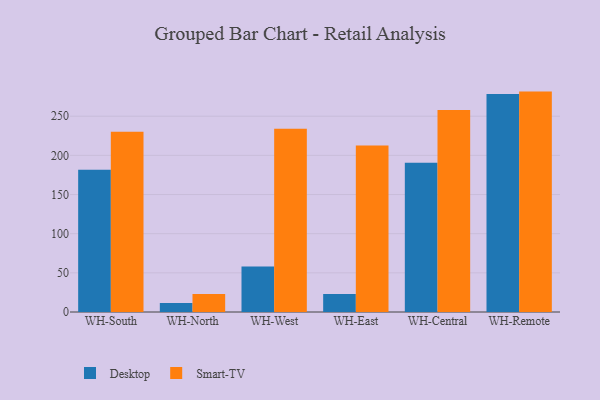
{"axis": {"x": "Warehouse", "y": "Production Output"}, "legend": ["Desktop", "Smart-TV"], "data": [{"x": "WH-South", "y": 181.6, "type": "Desktop"}, {"x": "WH-South", "y": 230.1, "type": "Smart-TV"}, {"x": "WH-North", "y": 11.5, "type": "Desktop"}, {"x": "WH-North", "y": 23.0, "type": "Smart-TV"}, {"x": "WH-West", "y": 58.2, "type": "Desktop"}, {"x": "WH-West", "y": 233.9, "type": "Smart-TV"}, {"x": "WH-East", "y": 22.9, "type": "Desktop"}, {"x": "WH-East", "y": 212.6, "type": "Smart-TV"}, {"x": "WH-Central", "y": 190.4, "type": "Desktop"}, {"x": "WH-Central", "y": 257.8, "type": "Smart-TV"}, {"x": "WH-Remote", "y": 278.4, "type": "Desktop"}, {"x": "WH-Remote", "y": 281.4, "type": "Smart-TV"}]}